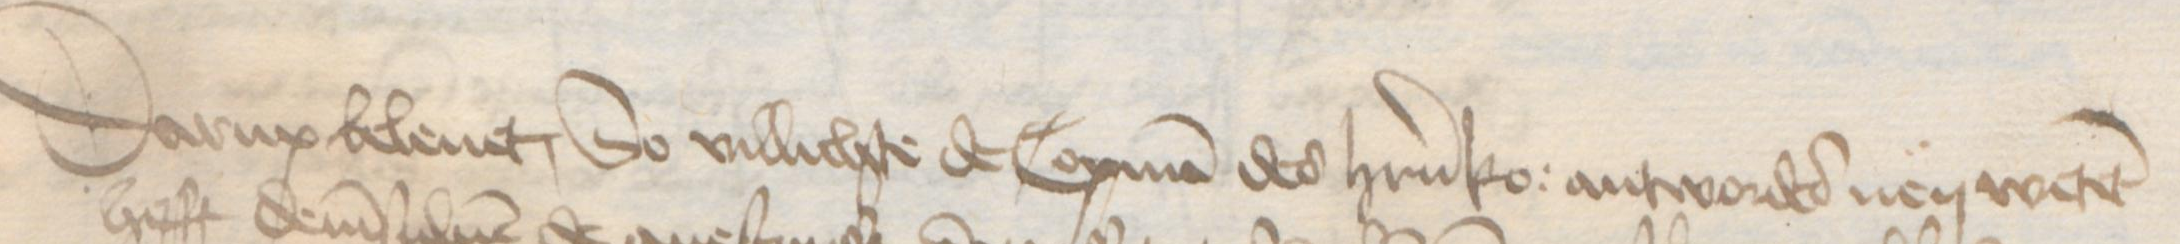
Darup beleuet, So villichte de Copman des herrn ko: antwordes nen wetet